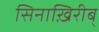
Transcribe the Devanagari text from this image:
सिनाख़िरीब्